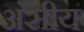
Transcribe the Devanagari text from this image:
अंसीय